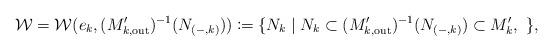
LaTeX: \begin{align*} \mathcal W = \mathcal W(e_k, (M'_{k,\mathrm{out}})^{-1}(N_{(-,k)})) \coloneqq \{ N_k \mid N_k\subset (M'_{k,\mathrm{out}})^{-1}(N_{(-,k)})\subset M_k',\ \},\end{align*}